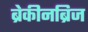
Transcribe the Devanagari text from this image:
ब्रेकीनब्रिज